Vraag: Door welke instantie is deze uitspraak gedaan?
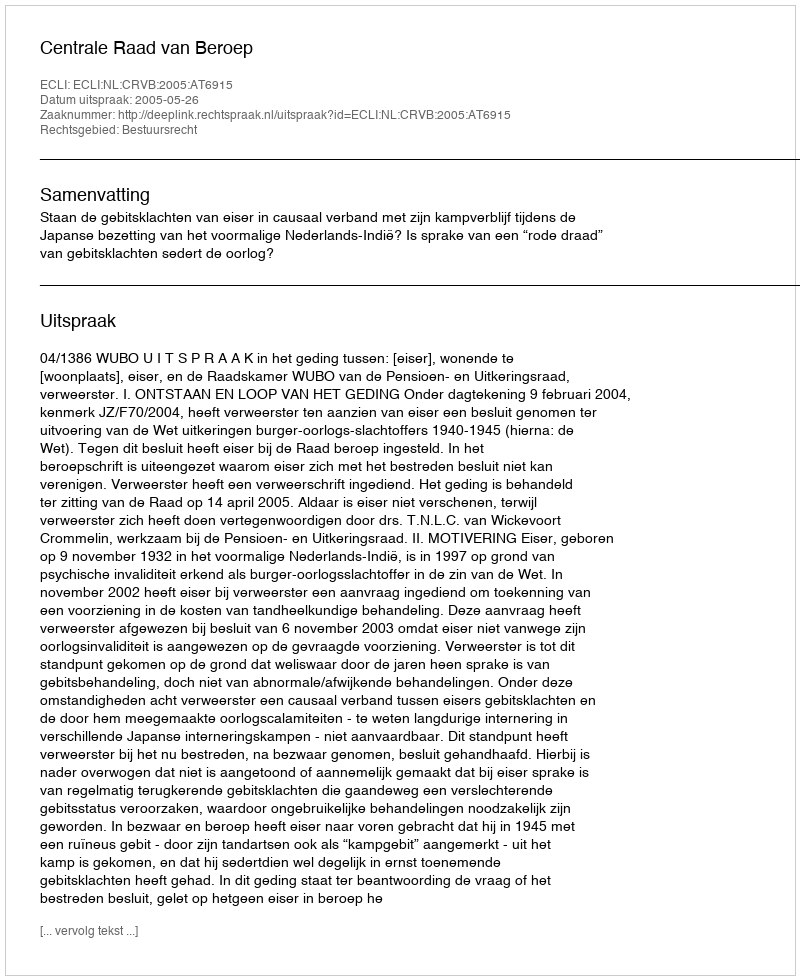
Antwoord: Centrale Raad van Beroep